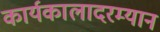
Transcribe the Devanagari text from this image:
कार्यकालादरम्यान